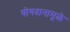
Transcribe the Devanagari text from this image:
योगदानामूळे